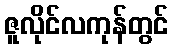
ဇူလိုင်လကုန်တွင်